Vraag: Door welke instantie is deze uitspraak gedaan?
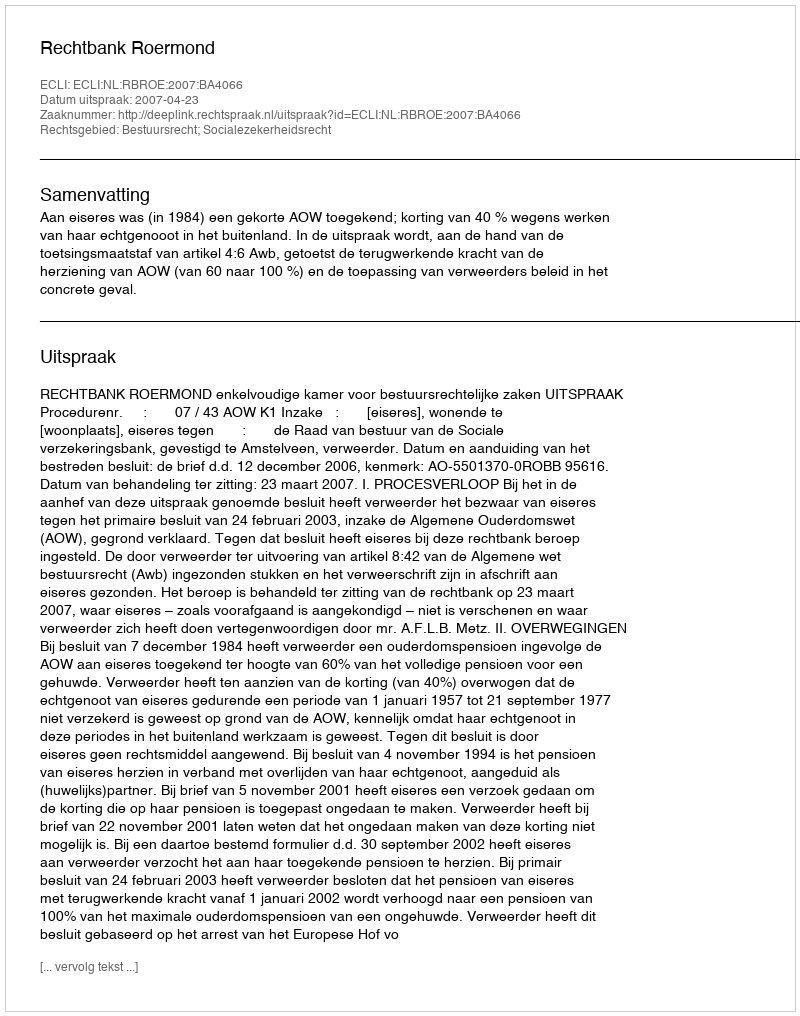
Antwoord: Rechtbank Roermond